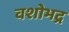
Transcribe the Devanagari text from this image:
वशोभद्र